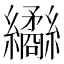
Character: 𦇹